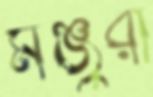
মঞ্জুরা